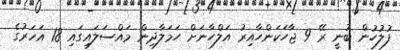
ފުލުހުން ބުނީ ރޭ 9 ޖާހަކަންހާއިރު އަލްހާނަށް ހަމަލާދިން މައްސަލައިގައި 18 އަހަރުގެ